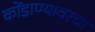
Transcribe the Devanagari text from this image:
कोंडाण्यावरचा